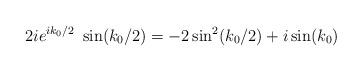
LaTeX: \begin{align*}2ie^{i k_0/2}\ \sin( k_0/2)= -2 \sin^2(k_0/2) +i\sin(k_0)\end{align*}